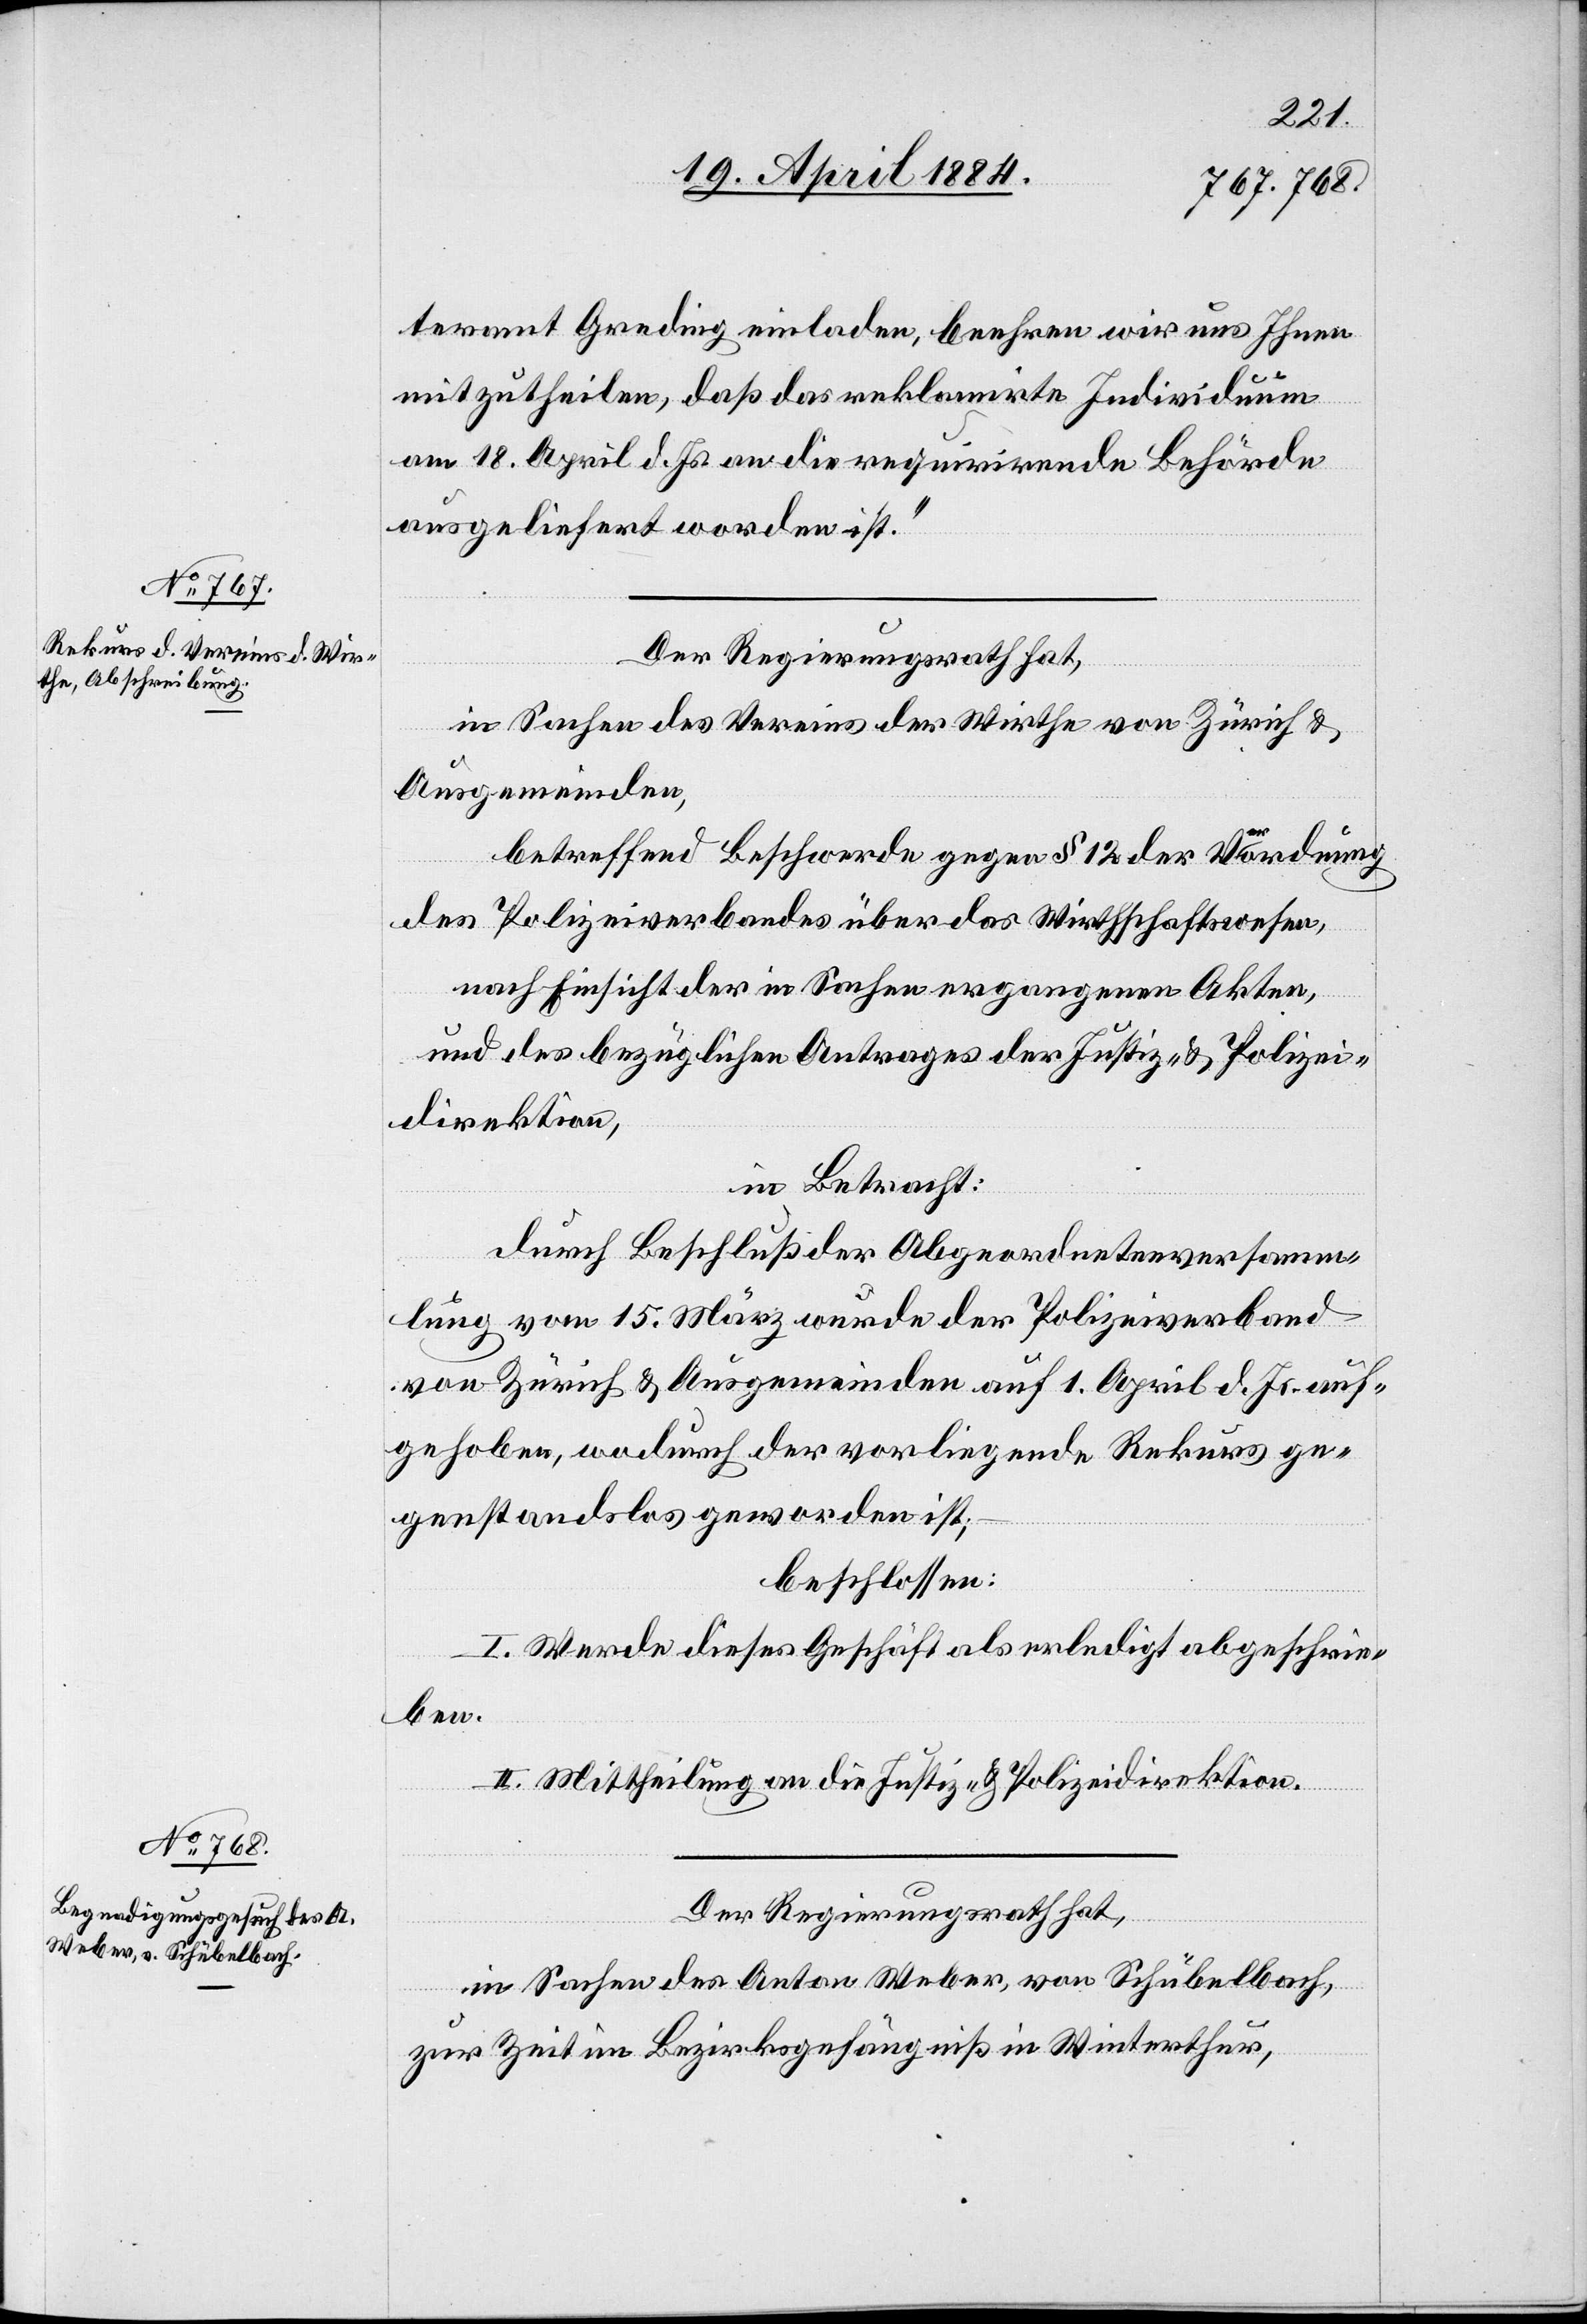
teramt Greding einladen, beehren wir uns Ihnen
mitzutheilen, daß das reklamirte Individuum
am 18. April d. Js. an die requirirende Behörde
ausgeliefert worden ist.“
Der Regierungsrath hat,
in Sachen des Vereins der Wirthe von Zürich &
Ausgemeinden,
betreffend Beschwerde gegen § 12 der Verordnung
des Polizeiverbandes über das Wirthschaftswesen,
nach Einsicht der in Sachen ergangenen Akten,
und des bezüglichen Antrages der Justiz- & Polizei¬
direktion,
in Betracht:
durch Beschluß der Abgeordnetenversamm¬
lung vom 15. März wurde der Polizeiverband
von Zürich & Ausgemeinden auf 1. April d. Js. auf¬
gehoben, wodurch der vorliegende Rekurs ge¬
genstandslos geworden ist,
beschlossen:
I. Werde dieses Geschäft als erledigt abgeschrie¬
ben.
II. Mittheilung an die Justiz- & Polizeidirektion.
Der Regierungsrath hat,
in Sachen des Anton Weber, von Schübelbach,
zur Zeit im Bezirksgefängniß in Winterthur,